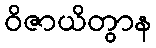
ဝိဇာယိတွာန